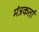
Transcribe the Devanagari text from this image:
मंत्रकर्ता